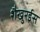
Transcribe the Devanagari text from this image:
शैखुरईस